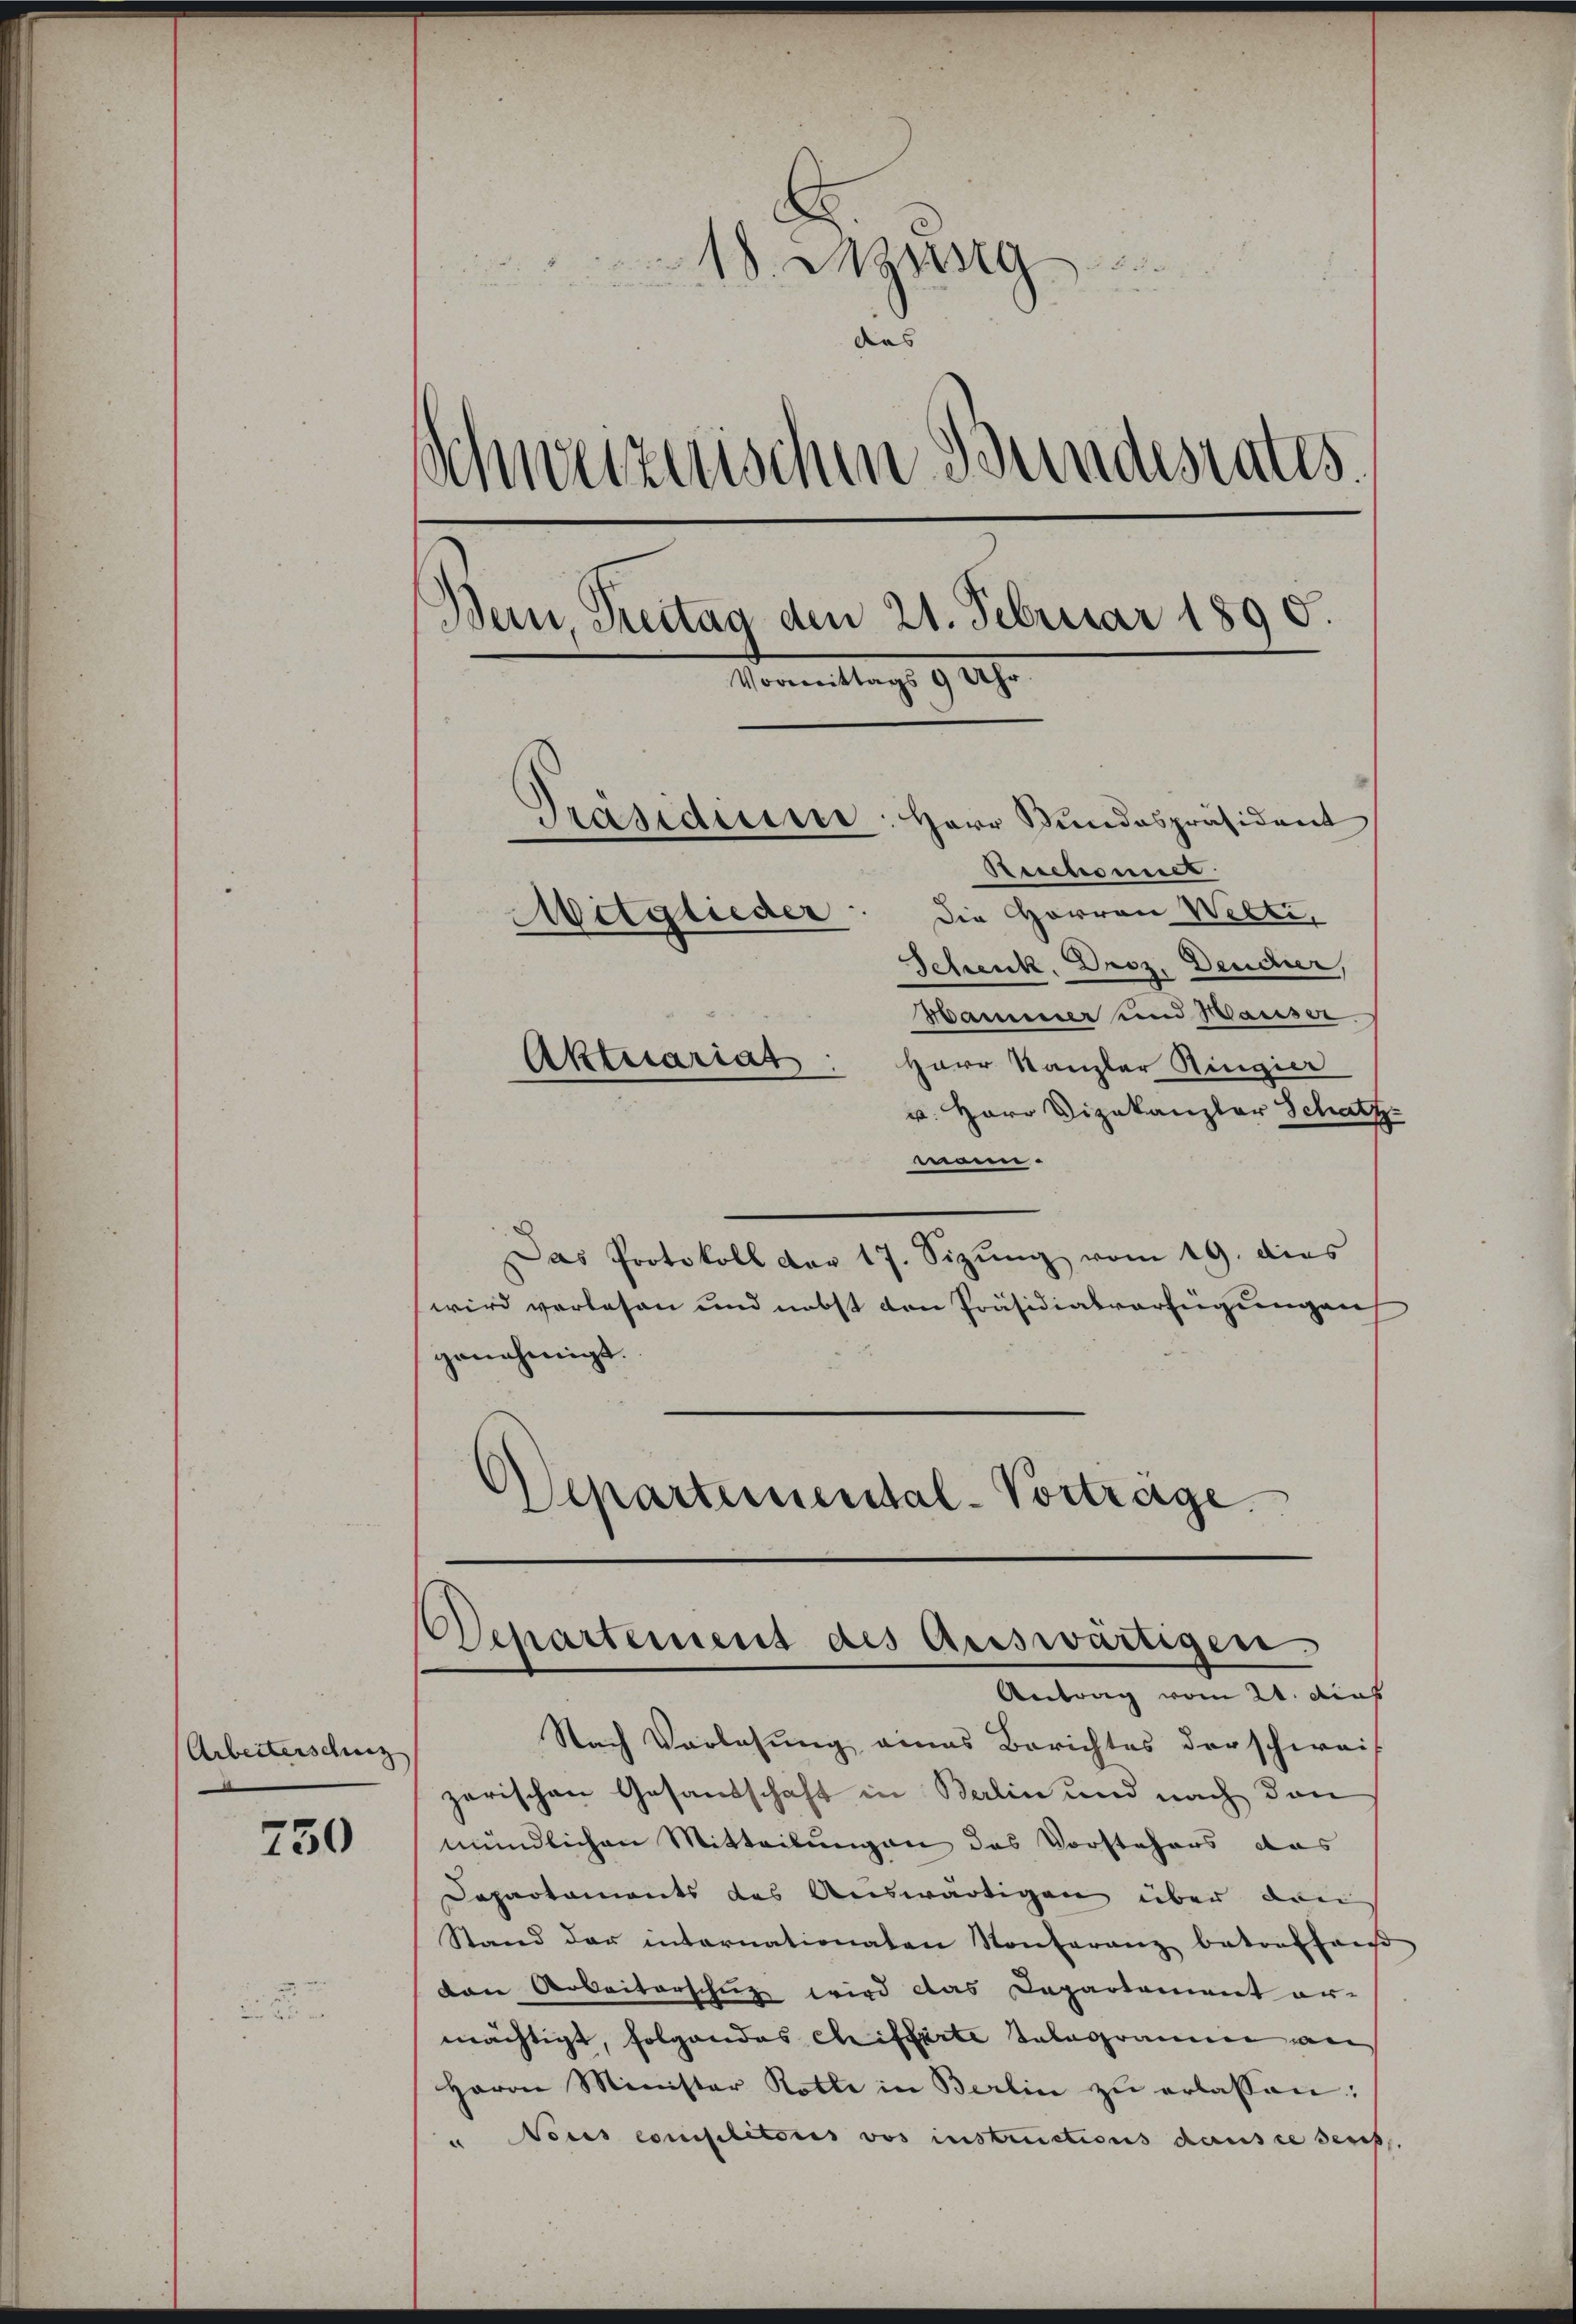
Arbeiterschung

750

18. Mang
dies
Schweizerischen Bundesrates.
Bern, Breitag den 21. Februar 1890.
Uhr
Präsidium
Herr Bundespräsident
Beschmes
Die Herren Welti,
Mitglieder
Schenk. Droz. Deucher,
Mamesser und Waiser
Aktuariat: Herr Kanzler Ringier
v. Herr Vizekanzler Schatz

maenn
Das Protokoll der 17. Sizŭng vom 19. dies
wird verlesen und nebst den Präsidialverfeigungen
genehmigt.
Departemental-Vortrage

Nach Vorlesung eines Berichtes der schweis
zarischen Gesandschaft in Berlin und nach den
mündlichen Mitteilungen das Vorstehers das
Dapartaments des Auswärtigen über den
Stand der internationaten Konferanz betroffen
ton Arbeiterschuz wird das Departement er-
mächtigt, folgendes Chiffarte Telegramme an
Herrn Minister Rotte in Berlin zŭ erlassen:
" Nous consilitoris vos instructions dausse ders.

Departement des Auswärtigen.
Antrag vom 21. dies